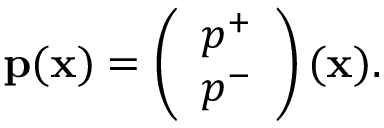
\begin{array} { r } { { \bf p } ( { \bf x } ) = \left( \begin{array} { l } { p ^ { + } } \\ { p ^ { - } } \end{array} \right) ( { \bf x } ) . } \end{array}